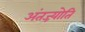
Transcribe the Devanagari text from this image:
अंतज्र्योति